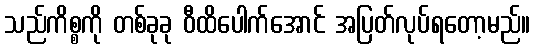
သည်ကိစ္စကို တစ်ခုခု ဝီထိပေါက်အောင် အပြတ်လုပ်ရတော့မည်။